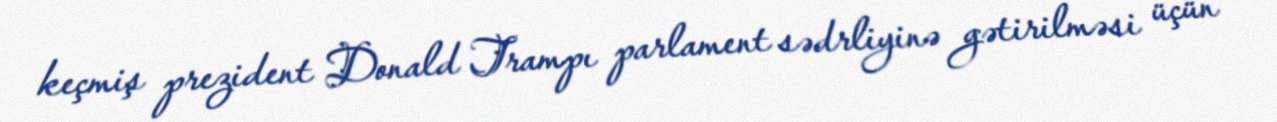
keçmiş prezident Donald Trampı parlament sədrliyinə gətirilməsi üçün